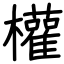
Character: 權